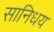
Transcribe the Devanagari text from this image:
सानिधय